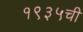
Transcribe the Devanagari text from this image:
१९३५ची